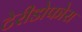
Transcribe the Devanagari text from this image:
टेरीडोफोरा